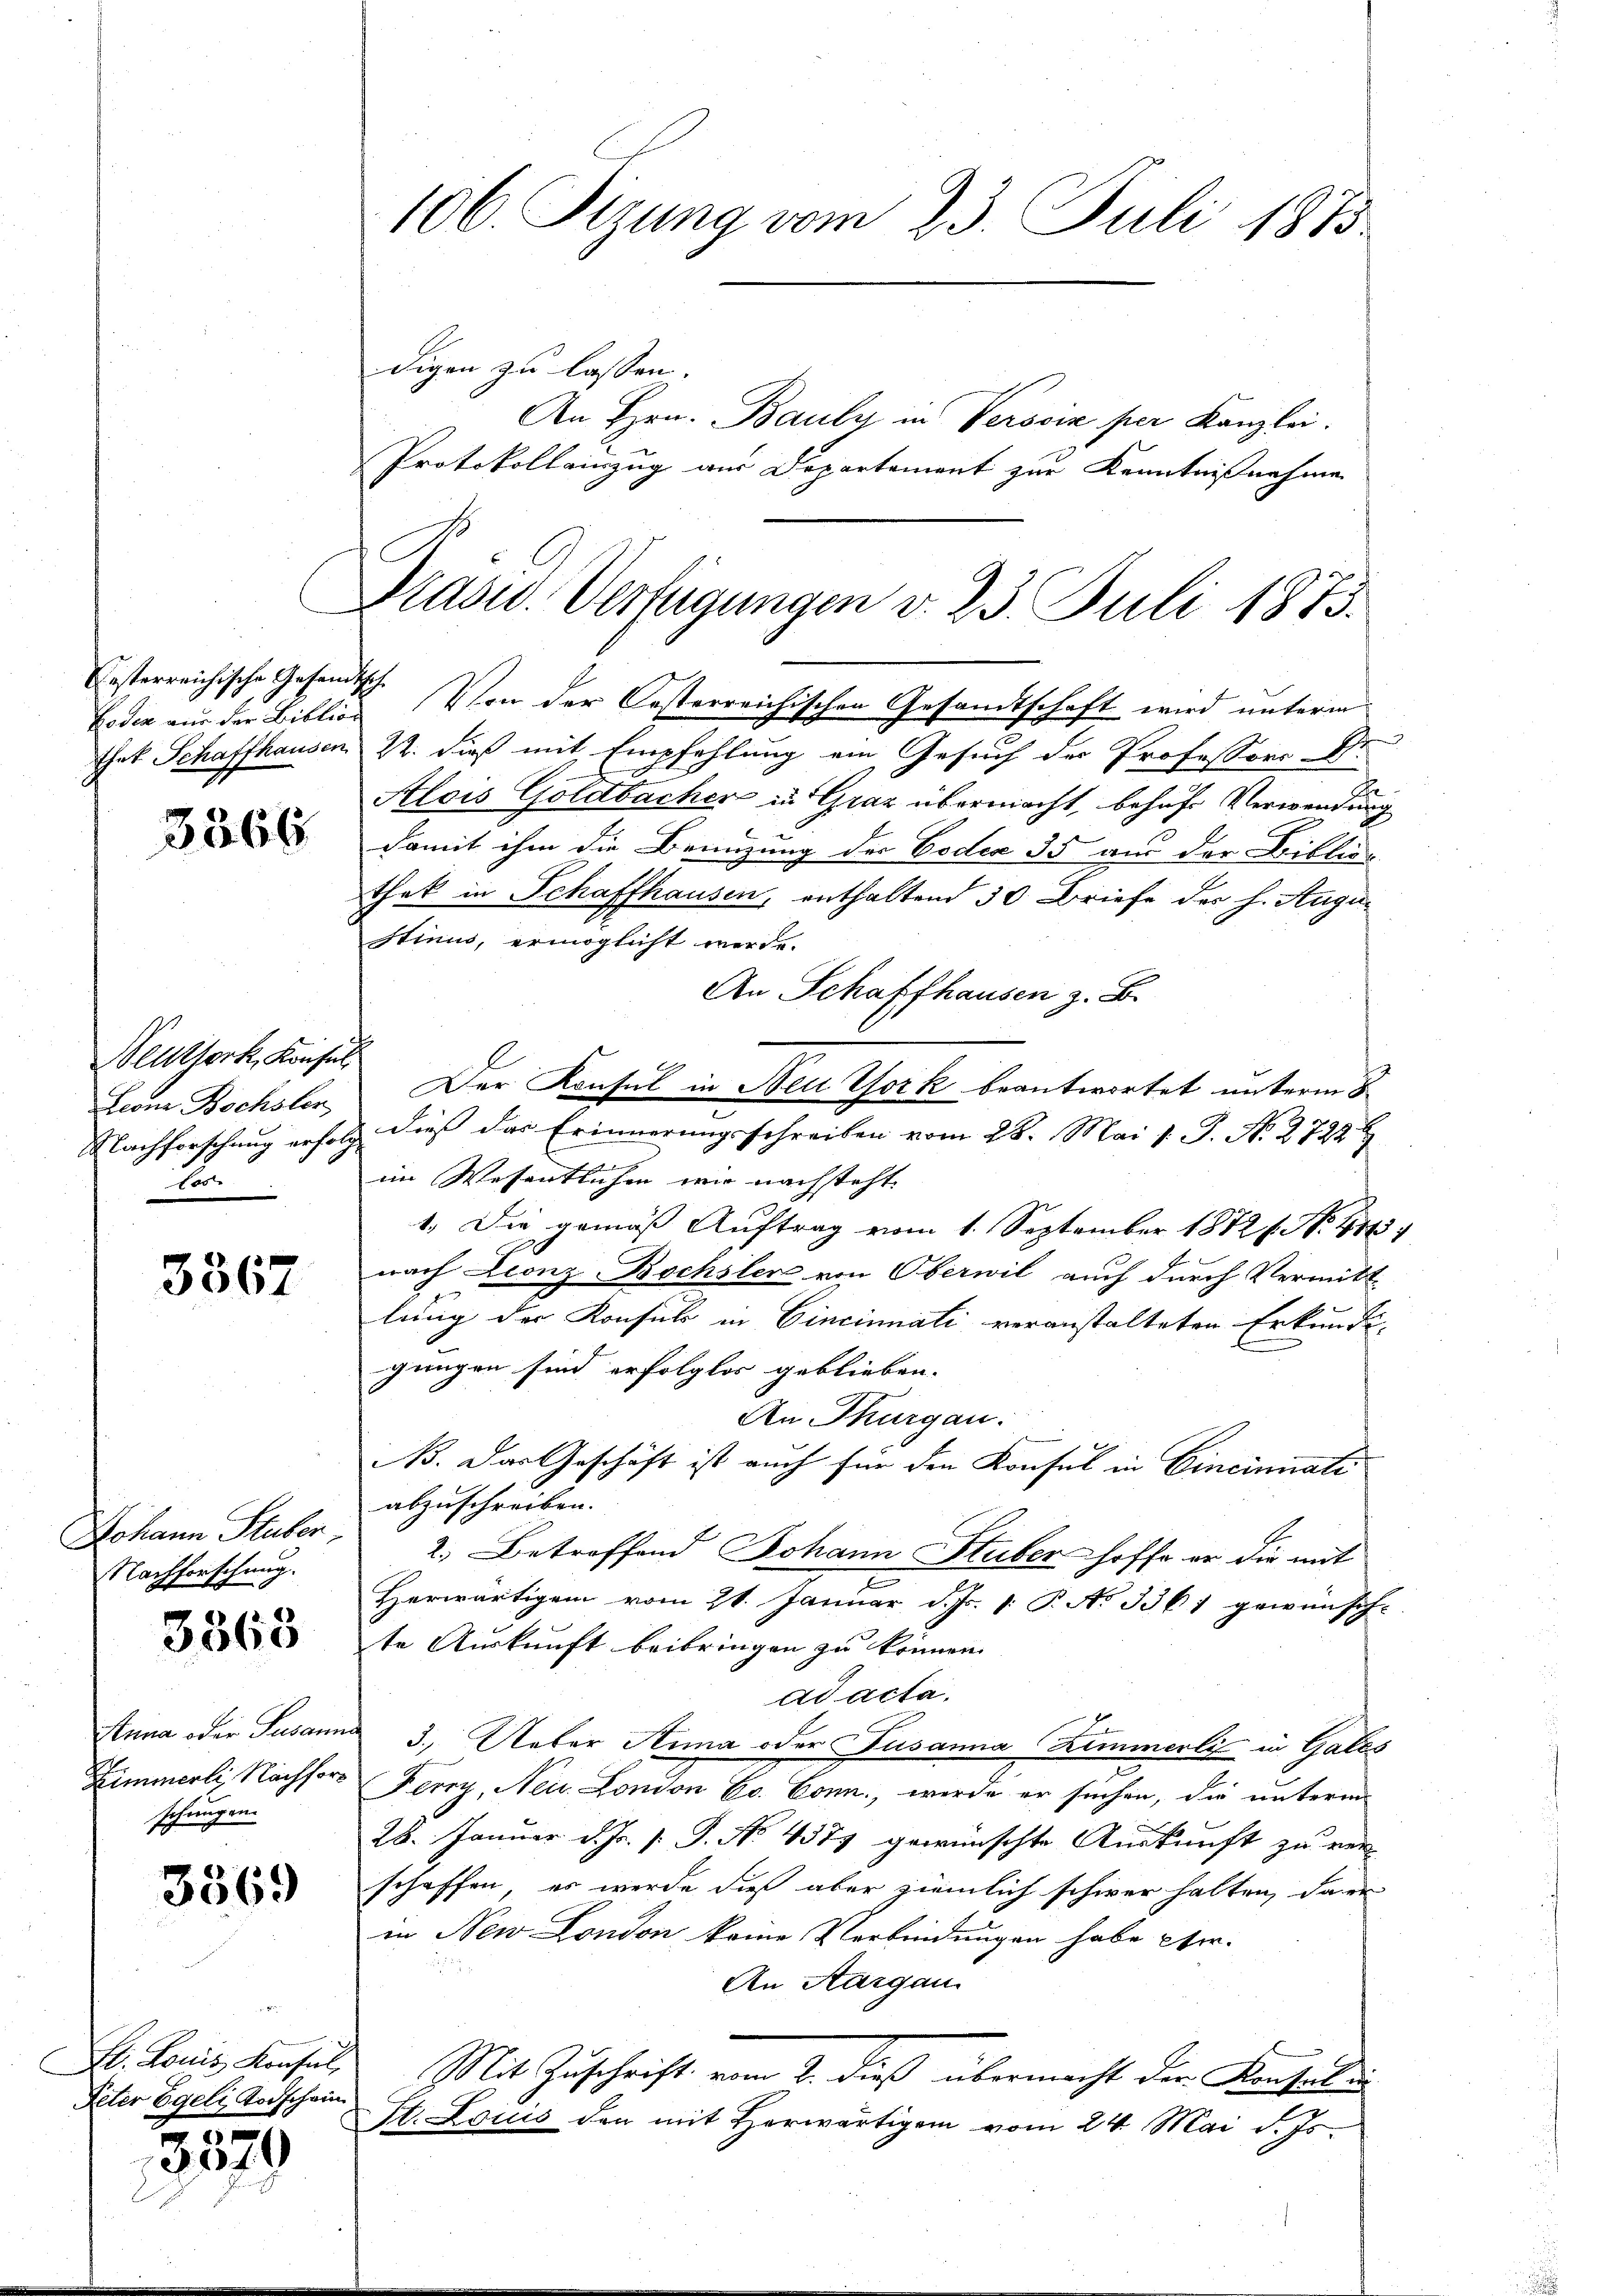
C

Festerreichische Gesandt
Loden aus der Biblion
That Schaffhausen

3566

Seuthork, Konsul
Leonz Bochsler
Nachforschung erfolg
laste

3367

Johann Stuber
Nachforschung.

3363

Anna oder Susanne
Zimmerli, Nachfors
wiegen
Si

3569

St. Louis Konsul,
Peter Egeli, Todschein

357

.

106. Sizung vom 23. Juli 1873.

Prasis. Verfügungen v. 23. Juli 1873.

digen zu lassen.
An Hrn. Bauly in Verscin per Kanzlei.
Protokolleinzug aus Departement zur Kenntnißnahmen

I. Von der Casterreichischen Gesandtschaft wird unterm
22. dieß mit Empfehlung ein Gesuch der Professors Dr.
Alois Göldbacher in Graz übermacht, behufs Verwendung
damit ihm die Beenzung des Codex 35 an der Biblio-
thek in Schaffhausen, enthaltend 30 Briefe des h. Augu
stimus, ermöglicht werde.
An Schaffhausen z. B.
Der Konsul in Neu York beantwortet unterm 8
dieß das Erinnerungsschreiben vom 28. Mai v. J. No. 2722
Ber
im Wesentlichen wir nachsteht.
1. Die gemäß Auftrag vom 1. September 1872 f. No. 484.
nach Leonz Bochsler von Oberwil auch durch Vermitt
lung der Konsul in Cincinati veranstalteten Erkunden
gungen sind erfolglos geblieben. |
An Thurgau.
Ns. Das Geschäft ist auch für den Konsul in Cincinnati
abzuschreiben.
2.) Betroffend Johann Stuber hoffe er die mit
Herwärtigem vom 21. Januar d. Js. v. P. No 3361 gewünsch-
te Auskunft beibringen zu können.
ad acta.
3.) Ueber Anna oder Susanna Zimmerli in Gales
Ferry, Neu London Co. Conn, werde er suchen, die unterm
28. Januar d. Js. s. S. No. 4377 gewünschte Auskunft zu ver-
schaffen, es werde dieß aber ziemlich schwer halten, dari
in New London keine Verbindungen habe cer.
An Aargau.
Mit Zuschrift vom 2. dieß übermacht der Konsulen
St. Locus den mit Herwärtigen vom 24. Mai d. Js.